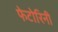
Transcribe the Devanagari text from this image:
फेटोरिनी